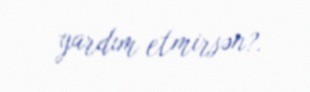
yardım etmirsən?.